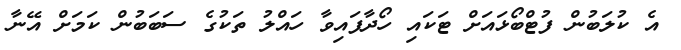
އެ ކުލަބުން ފުޓްބޯޅައަށް ޓަކައި ހޯދާފައިވާ ހައްލު ތަކުގެ ސަބަބުން ކަމަށް އޭނާ